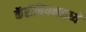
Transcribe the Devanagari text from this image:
कॅरीबियनमध्ये